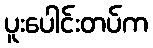
ပူးပေါင်းတပ်က